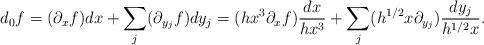
LaTeX: \begin{align*}d_0f = (\partial_xf) dx + \sum_j (\partial_{y_j}f)dy_j = (hx^3\partial_xf) \frac{dx}{hx^3} + \sum_j (h^{1/2}x\partial_{y_j})\frac{dy_j}{h^{1/2}x}.\end{align*}